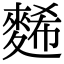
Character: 𪌹